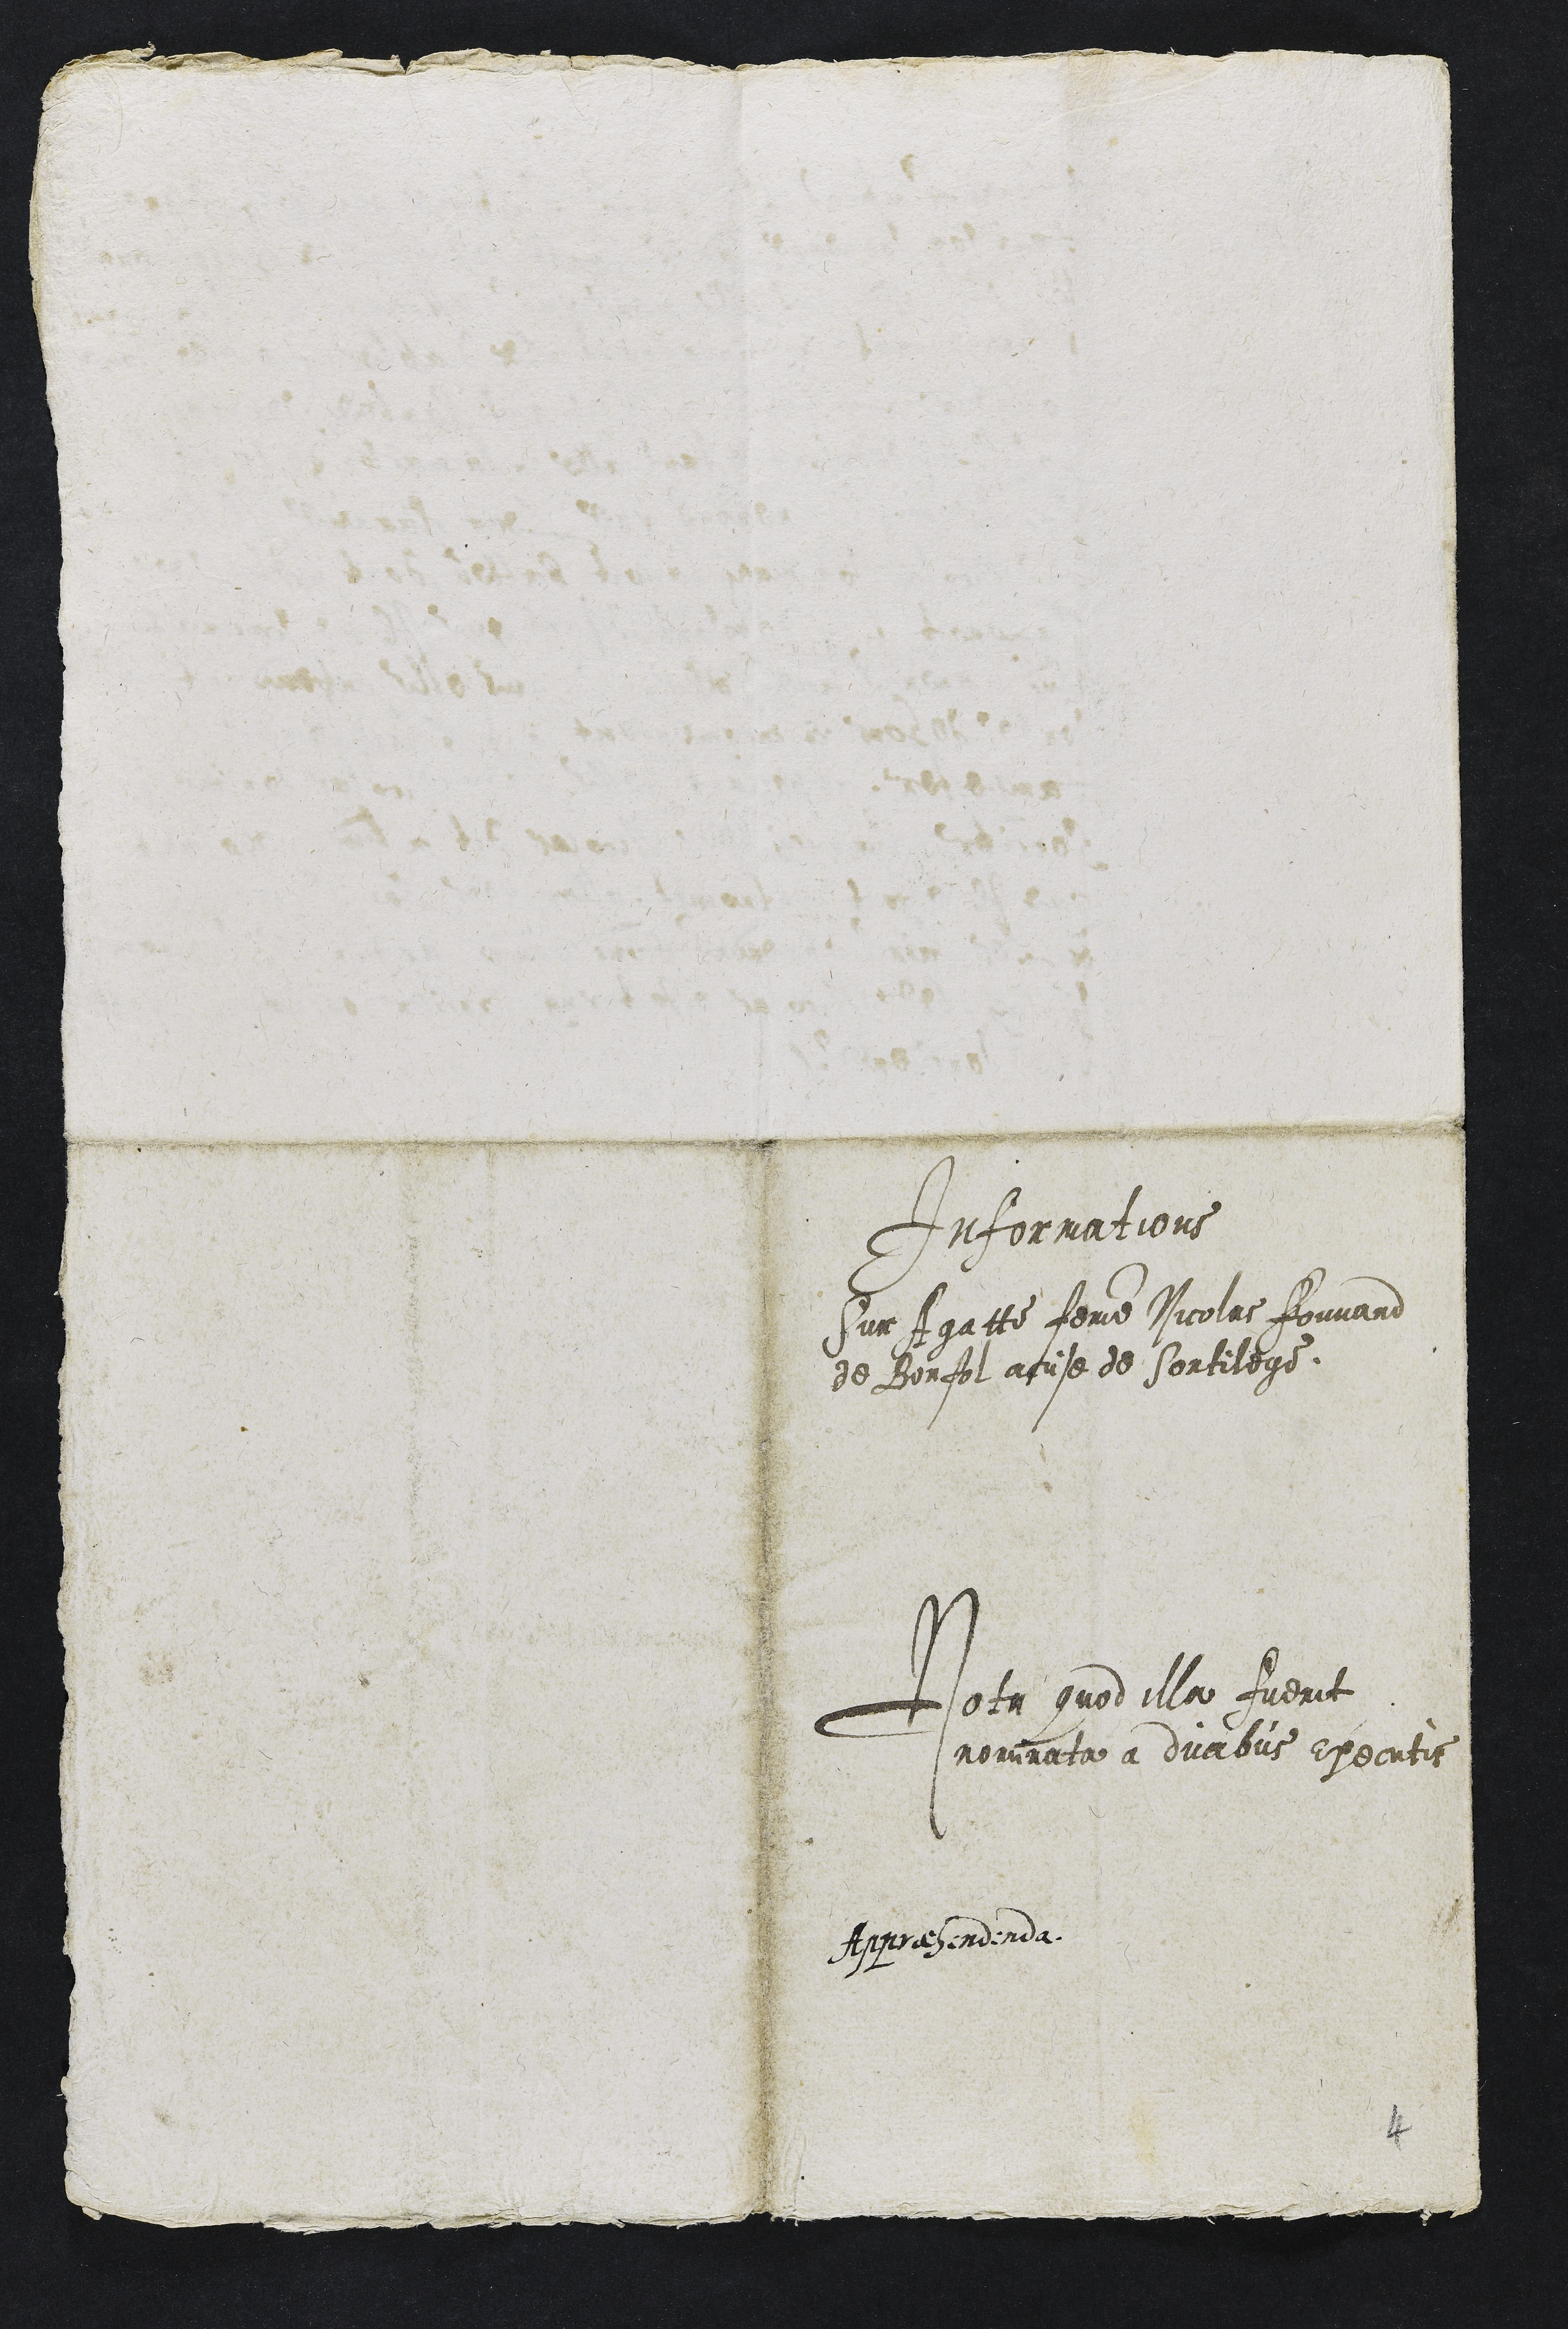
Informations
Sur Agatte femme Nicolas Fouvand
de Bonfol acuse de Sortilege.
Nota quod illa fuerit
nominata a duabus executis
Appraehendenda

4